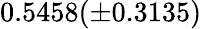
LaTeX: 0.5458(\pm 0.3135)